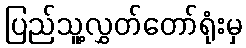
ပြည်သူ့လွှတ်တော်ရုံးမှ